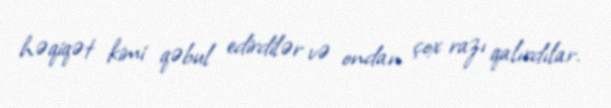
həqiqət kimi qəbul edirdilər və ondan çox razı qalırdılar.